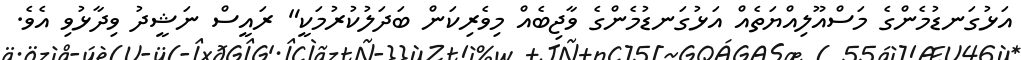
އަޅުގަނޑުމެންގެ މަސްއޫލިއްޔަތެއް އަޅުގަނޑުމެންގެ ވާޖިބެއް މިވެރިކަން ބަދަލުކުރުމަކީ" ރައީސް ނަޝީދު ވިދާޅުވި އެވެ.